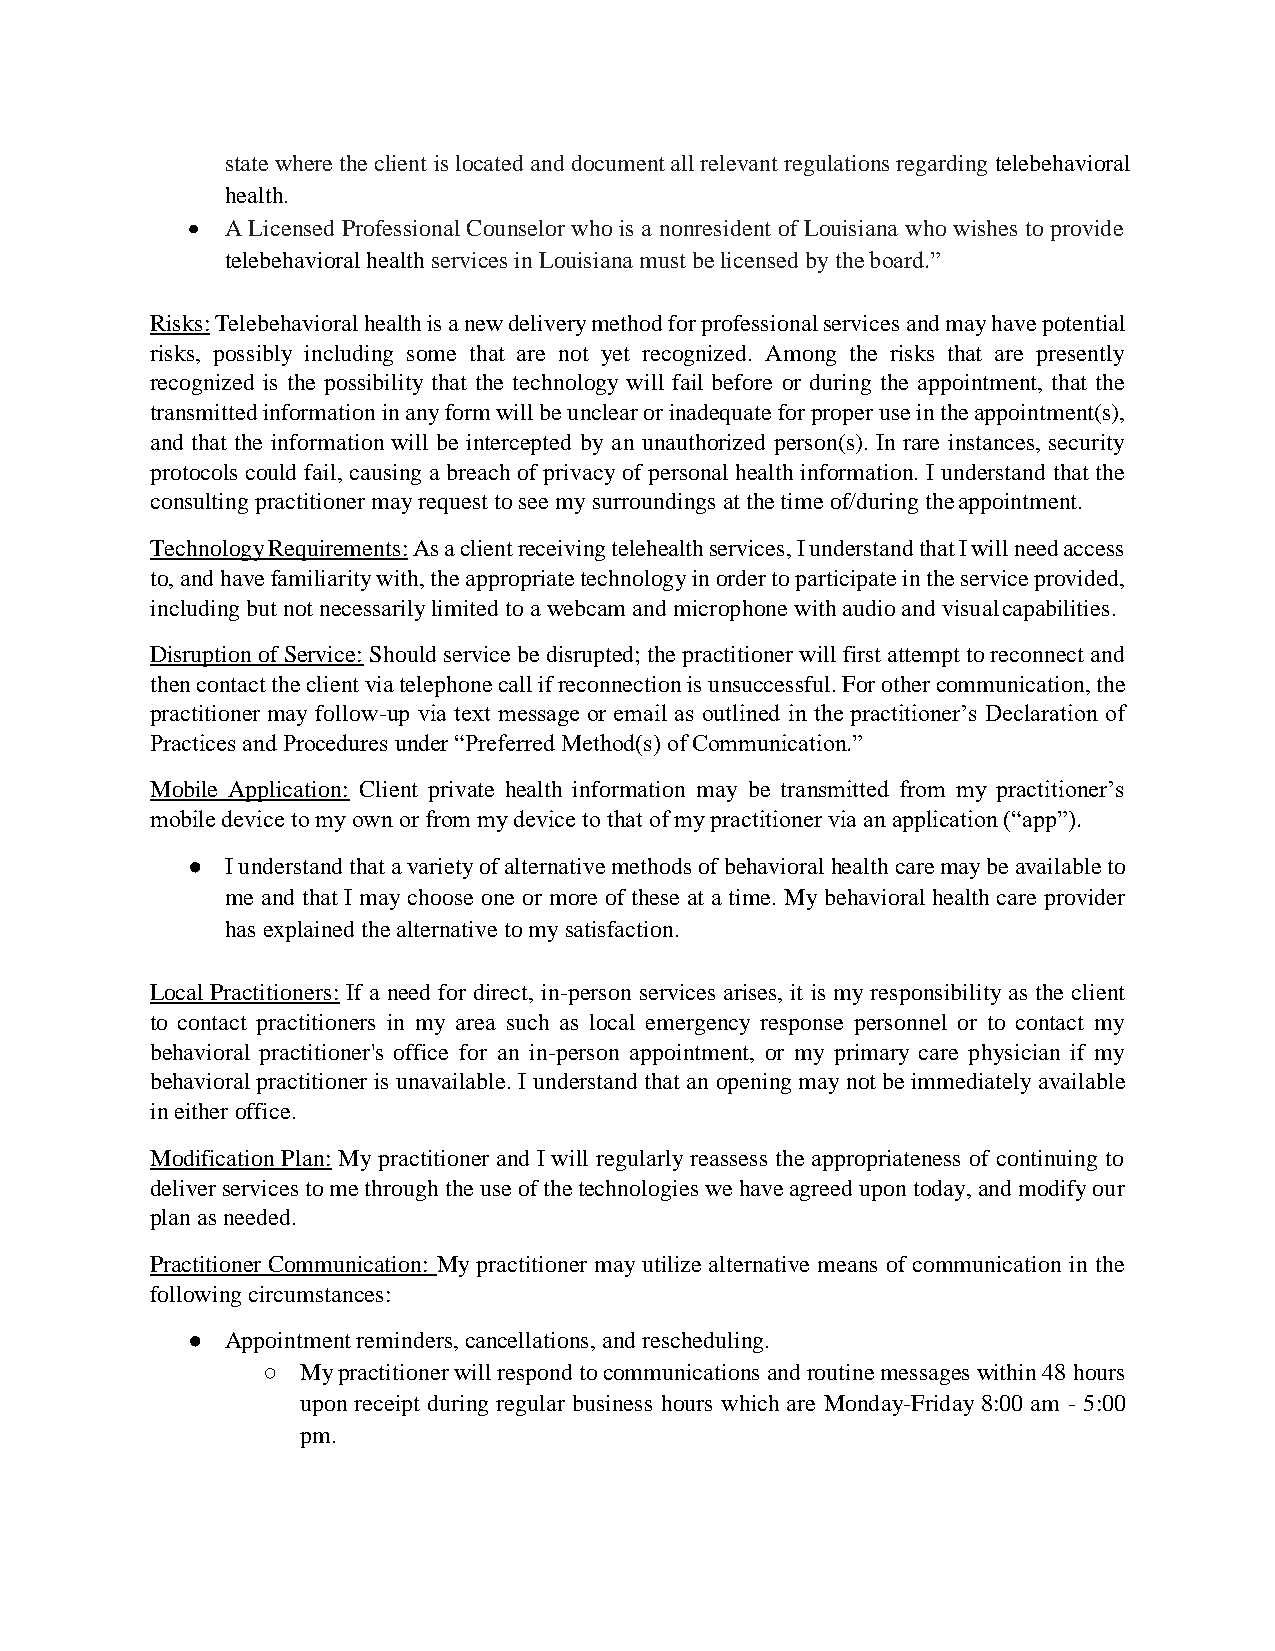
state where the client is located and document all relevant regulations regarding telebehavioral
 health.
   A Licensed Professional Counselor who is a nonresident of Louisiana who wishes to provide
 telebehavioral health services in Louisiana must be licensed by the board.”
 Risks: Telebehavioral health is a new delivery method for professional services and may have potential
 risks, possibly including some that are not yet recognized. Among the risks that are presently
 recognized is the possibility that the technology will fail before or during the appointment, that the
 transmitted information in any form will be unclear or inadequate for proper use in the appointment(s),
 and that the information will be intercepted by an unauthorized person(s). In rare instances, security
 protocols could fail, causing a breach of privacy of personal health information. I understand that the
 consulting practitioner may request to see my surroundings at the time of/during the appointment.
 Technology Requirements: As a client receiving telehealth services, I understand that I will need access
 to, and have familiarity with, the appropriate technology in order to participate in the service provided,
 including but not necessarily limited to a webcam and microphone with audio and visual capabilities.
 Disruption of Service: Should service be disrupted; the practitioner will first attempt to reconnect and
 then contact the client via telephone call if reconnection is unsuccessful. For other communication, the
 practitioner may follow-up via text message or email as outlined in the practitioner’s Declaration of
 Practices and Procedures under “Preferred Method(s) of Communication.”
 Mobile Application: Client private health information may be transmitted from my practitioner’s
 mobile device to my own or from my device to that of my practitioner via an application (“app”).
 ●  I understand that a variety of alternative methods of behavioral health care may be available to
 me and that I may choose one or more of these at a time. My behavioral health care provider
 has explained the alternative to my satisfaction.
 Local Practitioners: If a need for direct, in-person services arises, it is my responsibility as the client
 to contact practitioners in my area such as local emergency response personnel or to contact my
 behavioral practitioner's office for an in-person appointment, or my primary care physician if my
 behavioral practitioner is unavailable. I understand that an opening may not be immediately available
 in either office.
 Modification Plan: My practitioner and I will regularly reassess the appropriateness of continuing to
 deliver services to me through the use of the technologies we have agreed upon today, and modify our
 plan as needed.
 Practitioner Communication: My practitioner may utilize alternative means of communication in the
 following circumstances:
 ●  Appointment reminders, cancellations, and rescheduling.
 ○  My practitioner will respond to communications and routine messages within 48 hours
 upon receipt during regular business hours which are Monday-Friday 8:00 am - 5:00
 pm.